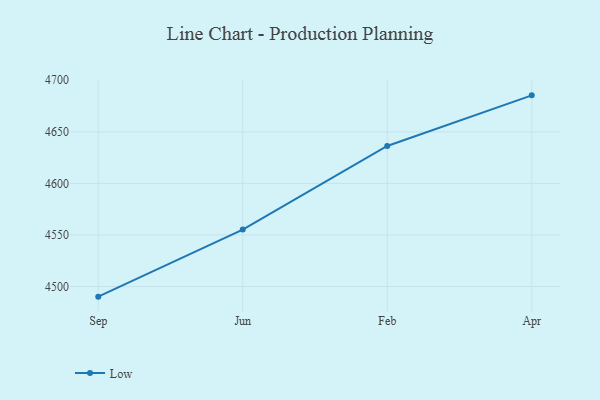
{"axis": {"x": "Month", "y": "Net Income (USD K)"}, "legend": ["Low"], "data": [{"x": "Sep", "y": 4490.2, "type": "Low"}, {"x": "Jun", "y": 4555.2, "type": "Low"}, {"x": "Feb", "y": 4636.3, "type": "Low"}, {"x": "Apr", "y": 4685.4, "type": "Low"}]}